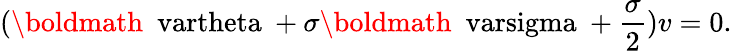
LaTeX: (\mathrm{\boldmath~\ vartheta~}+\sigma\mathrm{\boldmath~\ varsigma~}+\frac{\sigma}{2})v=0.